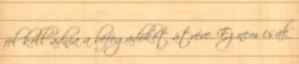
fel kell adnia a befogadókét átvéve. Ez nem csak